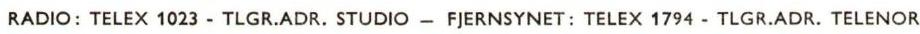
RADIO: TELEX 1023 - TLGR.ADR. STUDIO - FJERNSYNET: TELEX 1794 - TLGR.ADR. TELENOR